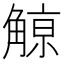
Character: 𧤚